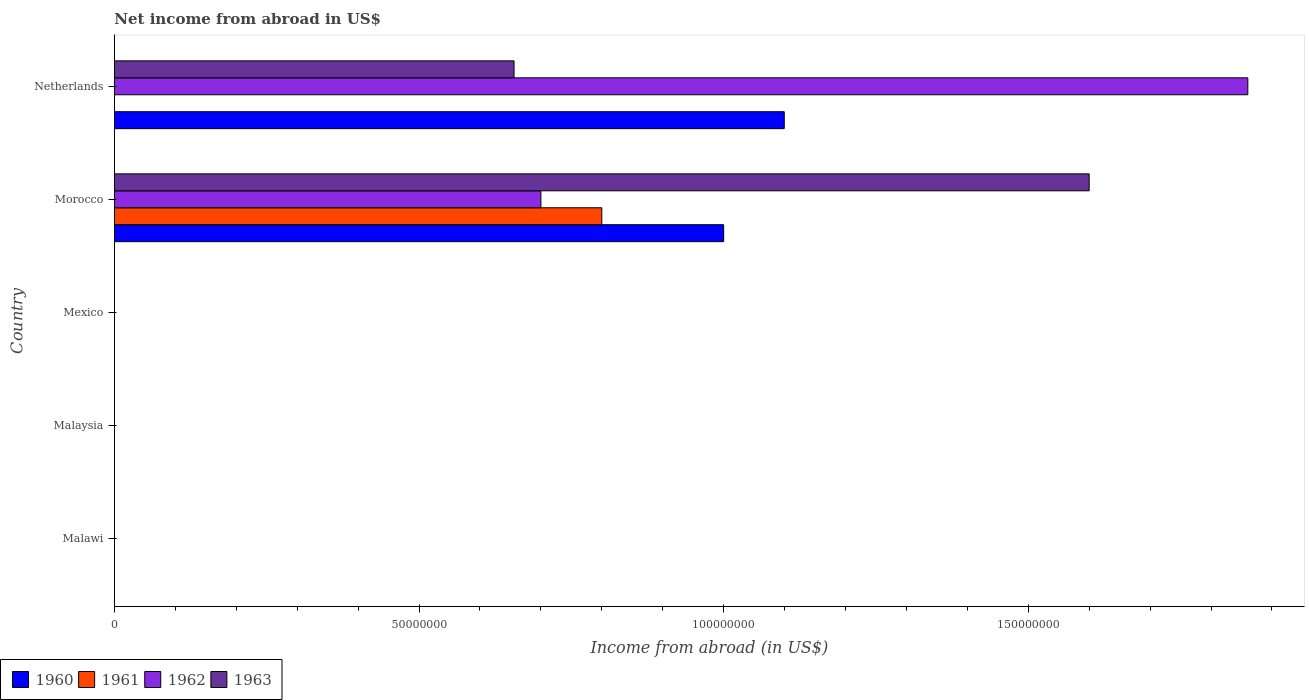
| Country | 1960 | 1961 | 1962 | 1963 |
 | --- | --- | --- | --- | --- |
 | Malawi | -1.6e+06 | -2.2e+06 | -1.4e+06 | -1.6e+06 |
 | Malaysia | -2.5e+08 | -1.89e+08 | -1.42e+08 | -1.71e+08 |
 | Mexico | -4.67e+06 | -4.81e+06 | -4.82e+06 | -5.37e+06 |
 | Morocco | 1e+08 | 8e+07 | 7e+07 | 1.6e+08 |
 | Netherlands | 1.1e+08 | -5.23e+06 | 1.86e+08 | 6.56e+07 |